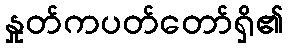
နှုတ်ကပတ်တော်ရှိ၏